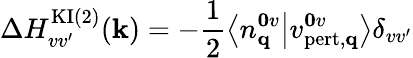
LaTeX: \Delta H_{vv^{\prime}}^{\mathrm{KI}(2)}(\mathbf{k})=-\frac{1}{2}\left\langle n_{\mathbf{q}}^{\mathbf{0}v}\middle|v_{\mathrm{pert,\mathbf{q}}}^{\mathbf{0}v}\right\rangle\delta_{vv^{\prime}}